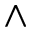
\wedge